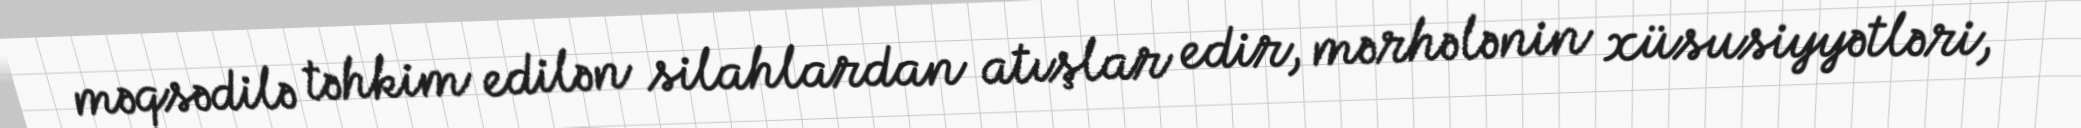
məqsədilə təhkim edilən silahlardan atışlar edir, mərhələnin xüsusiyyətləri,